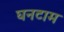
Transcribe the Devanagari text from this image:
घनटाम